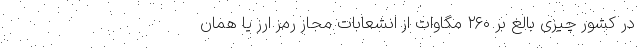
در کشور چیزی بالغ بر ۲۶۰ مگاوات از انشعابات مجاز رمز ارز یا همان